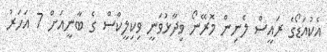
އެކުއަޑޯގެ ރައީސް ލެނިން މޮރޭނޯ ވިދާޅުވަނީ ވިކިލީކްސް ގެ ބާނީއަށް 7 އަހަރު